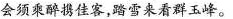
会须乘醉携佳客，踏雪来看群玉峰。